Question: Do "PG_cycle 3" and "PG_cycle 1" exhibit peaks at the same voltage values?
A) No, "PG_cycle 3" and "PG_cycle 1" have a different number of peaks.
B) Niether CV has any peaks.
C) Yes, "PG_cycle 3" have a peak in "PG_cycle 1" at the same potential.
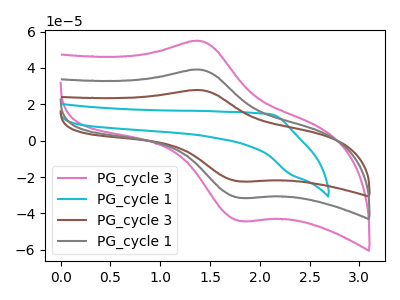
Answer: <think>The pink curve "PG_cycle 3" has an anodic peak at (1.40V, 78.10uA) and a cathodic peak at (1.80V, -62.90uA). The cyan curve "PG_cycle 1" has no peaks. The brown curve "PG_cycle 3" has an anodic peak at (1.40V, 27.80uA) and a cathodic peak at (1.80V, -22.40uA). The gray curve "PG_cycle 1" has an anodic peak at (1.40V, 39.05uA) and a cathodic peak at (1.80V, -31.45uA).</think>
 <answer>C) Yes, "PG_cycle 3" have a peak in "PG_cycle 1" at the same potential.</answer>
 <eval>C</eval>